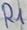
Text: R1